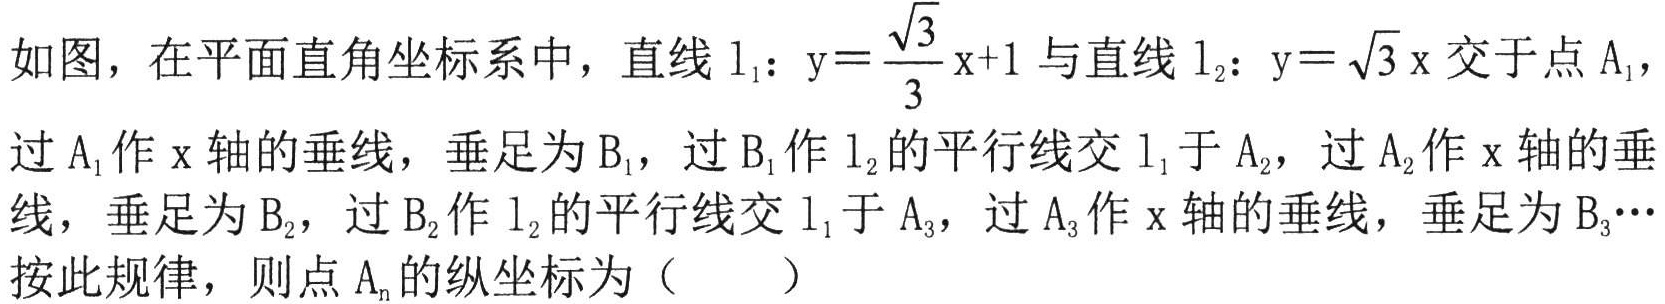
如图，在平面直角坐标系中，直线$\mathrm{l}_{1}$：$\mathrm{y}=\frac{\sqrt{3}}{3}\mathrm{x}+1$与直线$\mathrm{l}_{2}$：$\mathrm{y}=\sqrt{3}\mathrm{x}$交于点$\mathrm{A}_{1}$，过$\mathrm{A}_{1}$作$\mathrm{x}$轴的垂线，垂足为$\mathrm{B}_{1}$，过$\mathrm{B}_{1}$作$\mathrm{l}_{2}$的平行线交$\mathrm{l}_{1}$于$\mathrm{A}_{2}$，过$\mathrm{A}_{2}$作$\mathrm{x}$轴的垂线，垂足为$\mathrm{B}_{2}$，过$\mathrm{B}_{2}$作$\mathrm{l}_{2}$的平行线交$\mathrm{l}_{1}$于$\mathrm{A}_{3}$，过$\mathrm{A}_{3}$作$\mathrm{x}$轴的垂线，垂足为$\mathrm{B}_{3}\cdots$按此规律，则点$\mathrm{A}_{n}$的纵坐标为（  ）